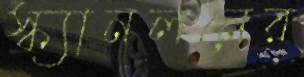
স্ক্যানলনের